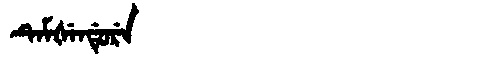
Manchu: ᡨᡝᠮᡧᡝᠨᡩᡠᡵᡝ
Romanization: TEMŠENDURE